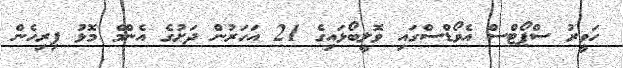
ހަވީރު ސްޕޯޓްސް އެވޯޑްސްގައި ވޮލީބޯޅައިގެ 21 އަހަރުން ދަށުގެ އެންމެ މޮޅު ފިރިހެން